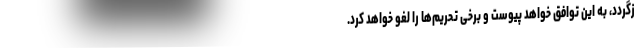
زگردد، به این توافق خواهد پیوست و برخی تحریم‌ها را لغو خواهد کرد.